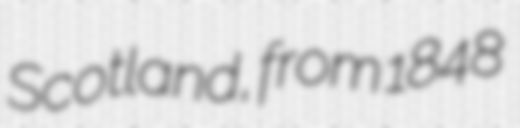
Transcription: Scotland, from 1848